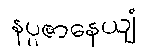
နပ္ပဇာနေယျံ